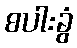
စပါးခွံ